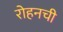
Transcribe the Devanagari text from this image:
रोहनची